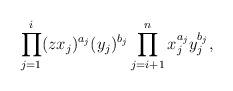
LaTeX: \begin{align*} \prod_{j=1}^i (zx_j)^{a_j}(y_j)^{b_j} \prod_{j=i+1}^n x_j^{a_j}y_j^{b_j},\end{align*}